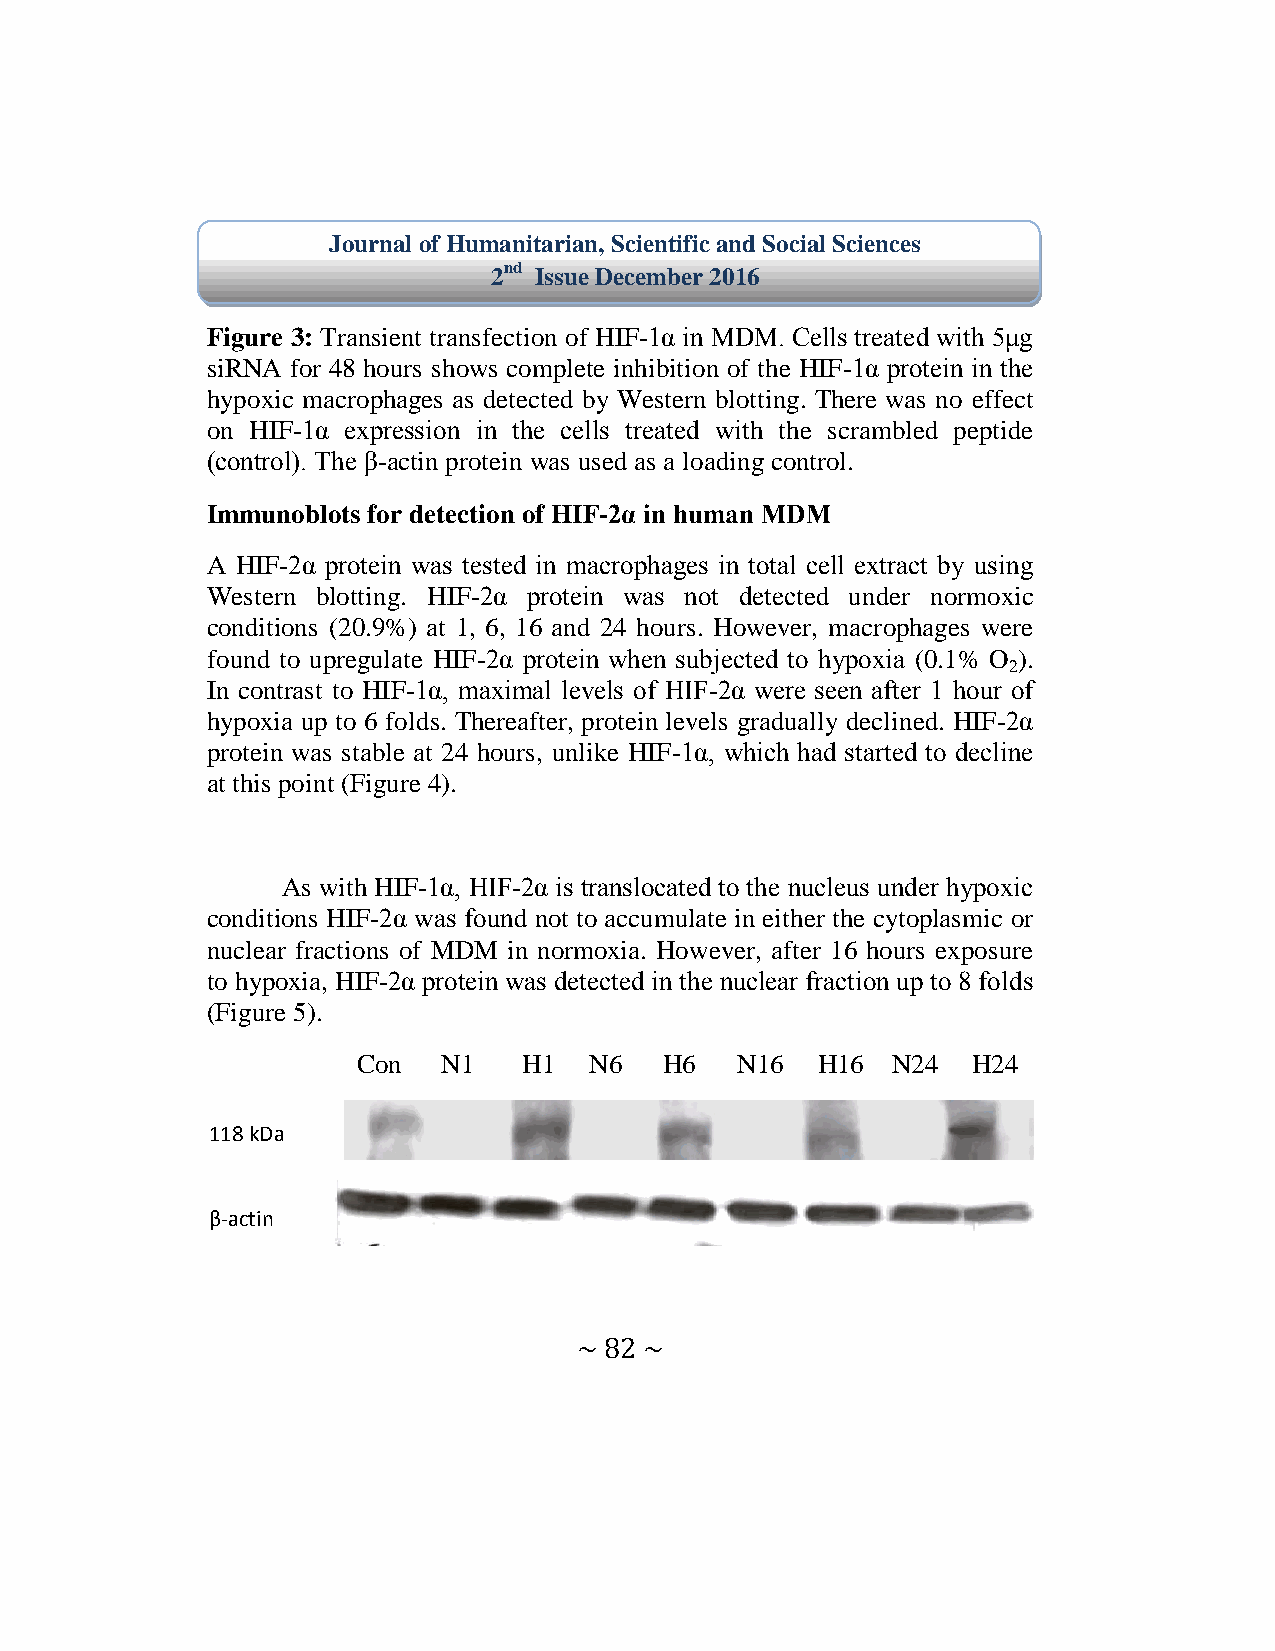
Journal of Humanitarian, Scientific and Social Sciences
 2nd Issue December 2016
 Figure 3: Transient transfection of HIF-1α in MDM. Cells treated with 5μg
 siRNA for 48 hours shows complete inhibition of the HIF-1α protein in the
 hypoxic macrophages as detected by Western blotting. There was no effect
 on HIF-1α expression in the cells treated with the scrambled peptide
 (control). The β-actin protein was used as a loading control.
 Immunoblots for detection of HIF-2α in human MDM
 A HIF-2α protein was tested in macrophages in total cell extract by using
 Western blotting. HIF-2α protein was not detected under normoxic
 conditions (20.9%) at 1, 6, 16 and 24 hours. However, macrophages were
 found to upregulate HIF-2α protein when subjected to hypoxia (0.1% O ).
 2
 In contrast to HIF-1α maximal levels of HIF-2α were seen after 1 hour of
 hypoxia up to 6 folds. Thereafter, protein levels gradually declined. HIF-2α
 protein was stable at 24 hours, unlike HIF-1α which had started to decline
 at this point (Figure 4).
 As with HIF-1α HIF-2α is translocated to the nucleus under hypoxic
 conditions HIF-2α was found not to accumulate in either the cytoplasmic or
 nuclear fractions of MDM in normoxia. However, after 16 hours exposure
 to hypoxia, HIF-2α protein was detected in the nuclear fraction up to 8 folds
 (Figure 5).
 Con  N1    H1  N6   H6   N16  H16  N24  H24
 118 kDa
 β-actin
 ~ 82 ~